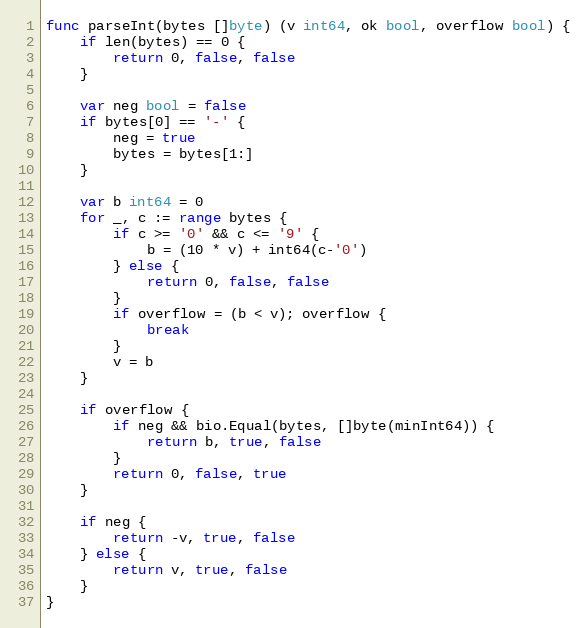
Language: Go
func parseInt(bytes []byte) (v int64, ok bool, overflow bool) {
	if len(bytes) == 0 {
		return 0, false, false
	}

	var neg bool = false
	if bytes[0] == '-' {
		neg = true
		bytes = bytes[1:]
	}

	var b int64 = 0
	for _, c := range bytes {
		if c >= '0' && c <= '9' {
			b = (10 * v) + int64(c-'0')
		} else {
			return 0, false, false
		}
		if overflow = (b < v); overflow {
			break
		}
		v = b
	}

	if overflow {
		if neg && bio.Equal(bytes, []byte(minInt64)) {
			return b, true, false
		}
		return 0, false, true
	}

	if neg {
		return -v, true, false
	} else {
		return v, true, false
	}
}